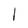
Character: 1